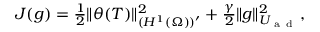
\begin{array} { r } { J ( g ) = \frac { 1 } { 2 } \| \theta ( T ) \| _ { ( H ^ { 1 } ( \Omega ) ) ^ { \prime } } ^ { 2 } + \frac { \gamma } { 2 } \| g \| _ { U _ { \mathrm { ~ a ~ d ~ } } } ^ { 2 } , } \end{array}